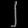
Digit: ၂